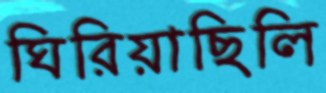
ঘিরিয়াছিলি